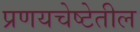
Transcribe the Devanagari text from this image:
प्रणयचेष्टेतील